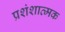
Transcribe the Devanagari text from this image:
प्रशंशात्मक